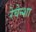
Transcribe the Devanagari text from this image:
रेवेन्शा